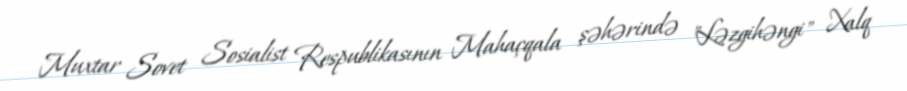
Muxtar Sovet Sosialist Respublikasının Mahaçqala şəhərində "Ləzgihəngi" Xalq